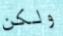
ولكن